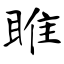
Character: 睢